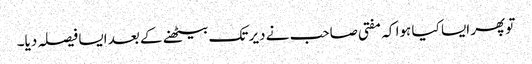
تو پھر ایسا کیا ہوا کہ مفتی صاحب نے دیر تک بیٹھنے کے بعد ایسا فیصلہ دیا۔